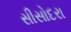
સીસોદરા